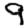
Digit: 9